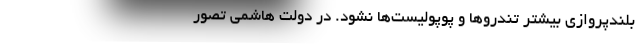
بلندپروازی بیشتر تندروها و پوپولیست‌‌ها نشود. در دولت‌ هاشمی تصور